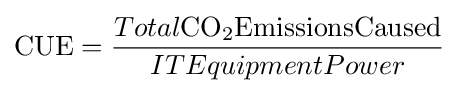
\mathrm {CUE} ={\frac {Total{\rm {{CO_{2}}EmissionsCaused}}}{ITEquipmentPower}}